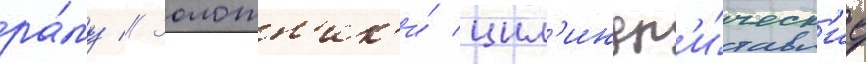
ра́му // Золотн'ик'и́ цил'индр'и́ческ'ие